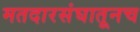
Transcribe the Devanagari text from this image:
मतदारसंघातूनच